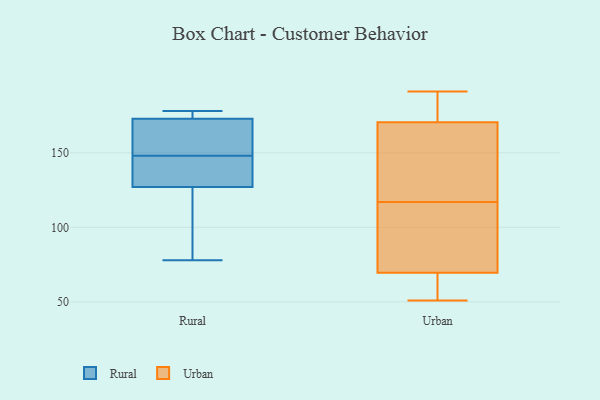
{"axis": {"x": "Backlog", "y": "Value"}, "legend": ["Rural", "Urban"], "data": [{"x": "", "y": 175, "type": "Rural"}, {"x": "", "y": 126, "type": "Rural"}, {"x": "", "y": 148, "type": "Rural"}, {"x": "", "y": 166, "type": "Rural"}, {"x": "", "y": 178, "type": "Rural"}, {"x": "", "y": 125, "type": "Rural"}, {"x": "", "y": 175, "type": "Rural"}, {"x": "", "y": 78, "type": "Rural"}, {"x": "", "y": 138, "type": "Rural"}, {"x": "", "y": 166, "type": "Rural"}, {"x": "", "y": 130, "type": "Rural"}, {"x": "", "y": 191, "type": "Urban"}, {"x": "", "y": 51, "type": "Urban"}, {"x": "", "y": 119, "type": "Urban"}, {"x": "", "y": 67, "type": "Urban"}, {"x": "", "y": 72, "type": "Urban"}, {"x": "", "y": 61, "type": "Urban"}, {"x": "", "y": 186, "type": "Urban"}, {"x": "", "y": 97, "type": "Urban"}, {"x": "", "y": 161, "type": "Urban"}, {"x": "", "y": 180, "type": "Urban"}, {"x": "", "y": 138, "type": "Urban"}, {"x": "", "y": 115, "type": "Urban"}]}